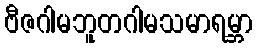
ဗီဇဂါမဘူတဂါမသမာရမ္ဘာ